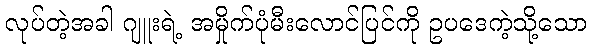
လုပ်တဲ့အခါ ဂျူးရဲ့ အမှိုက်ပုံမီးလောင်ပြင်ကို ဥပဒေကဲ့သို့သော